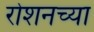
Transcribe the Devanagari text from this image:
रोशनच्या